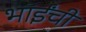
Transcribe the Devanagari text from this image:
भाईंची